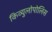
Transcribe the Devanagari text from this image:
किव्युलोपोलिस